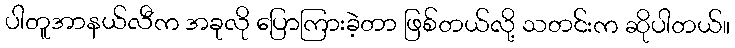
ပါတူအာနယ်လီက အခုလို ပြောကြားခဲ့တာ ဖြစ်တယ်လို့ သတင်းက ဆိုပါတယ်။